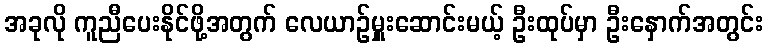
အခုလို ကူညီပေးနိုင်ဖို့အတွက် လေယာဉ်မှူးဆောင်းမယ့် ဦးထုပ်မှာ ဦးနှောက်အတွင်း